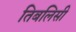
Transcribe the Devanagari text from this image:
तिबलिसी